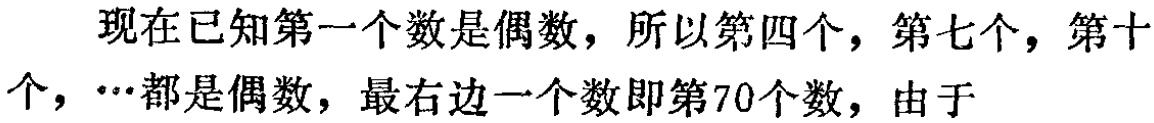
现在已知第一个数是偶数，所以第四个，第七个，第十个，…都是偶数，最右边一个数即第70个数，由于